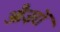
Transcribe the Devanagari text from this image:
औज़रों